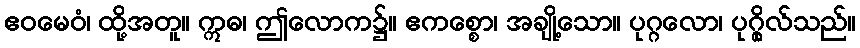
ဧဝမေဝံ၊ ထို့အတူ။ ဣဓ၊ ဤလောက၌။ ဧကစ္စော၊ အချို့သော။ ပုဂ္ဂလော၊ ပုဂ္ဂိုလ်သည်။